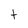
Character: t